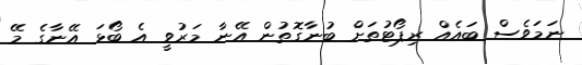
ނަމަވެސް ބައެއް ރިޕޯޓުތަށް ބުނާގޮތުން އޭނާ މަރުވީ އެ ބޯޅަ އޭނާގެ މޭ